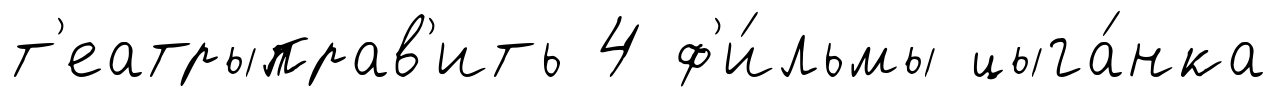
т'еатрыправ'ить 4 ф'и́льмы цыга́нка